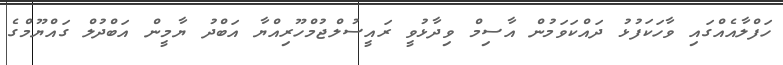
ހަފްލާއެއްގައި ވާހަކަފުޅު ދައްކަވަމުން އާސިމް ވިދާޅުވީ ރައީސުލްޖުމްހޫރިއްޔާ އަބްދު ޔާމީން އަބްދުލް ގައްޔޫމްގެ